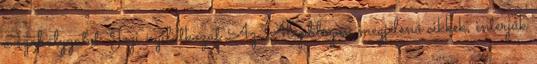
a szabályzatot. Jogi nyilatkozat Az Alapblogon megjelenő cikkek, interjúk